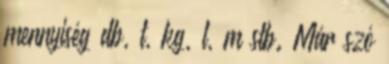
mennyiség db, t, kg, l, m stb. Már szó